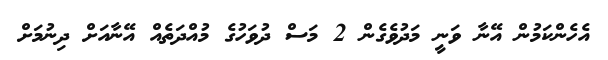
އެހެންކަމުން އޭނާ ވަނީ މަދުވެގެން 2 މަސް ދުވަހުގެ މުއްދަތެއް އޭނާއަށް ދިނުމަށް